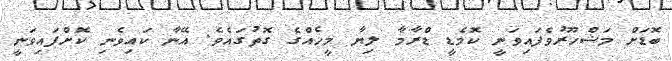
ބޮޑަށް މަޝްހޫރުވެފައިވަނީ ކޮމެޑީ ޑްރާމާ ލިޔާ މީހެއްގެ ގޮތުގައެވެ. އޭނާ ކައިވެނި ކޮށްފައިވަނީ